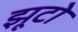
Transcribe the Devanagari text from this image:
झूटो